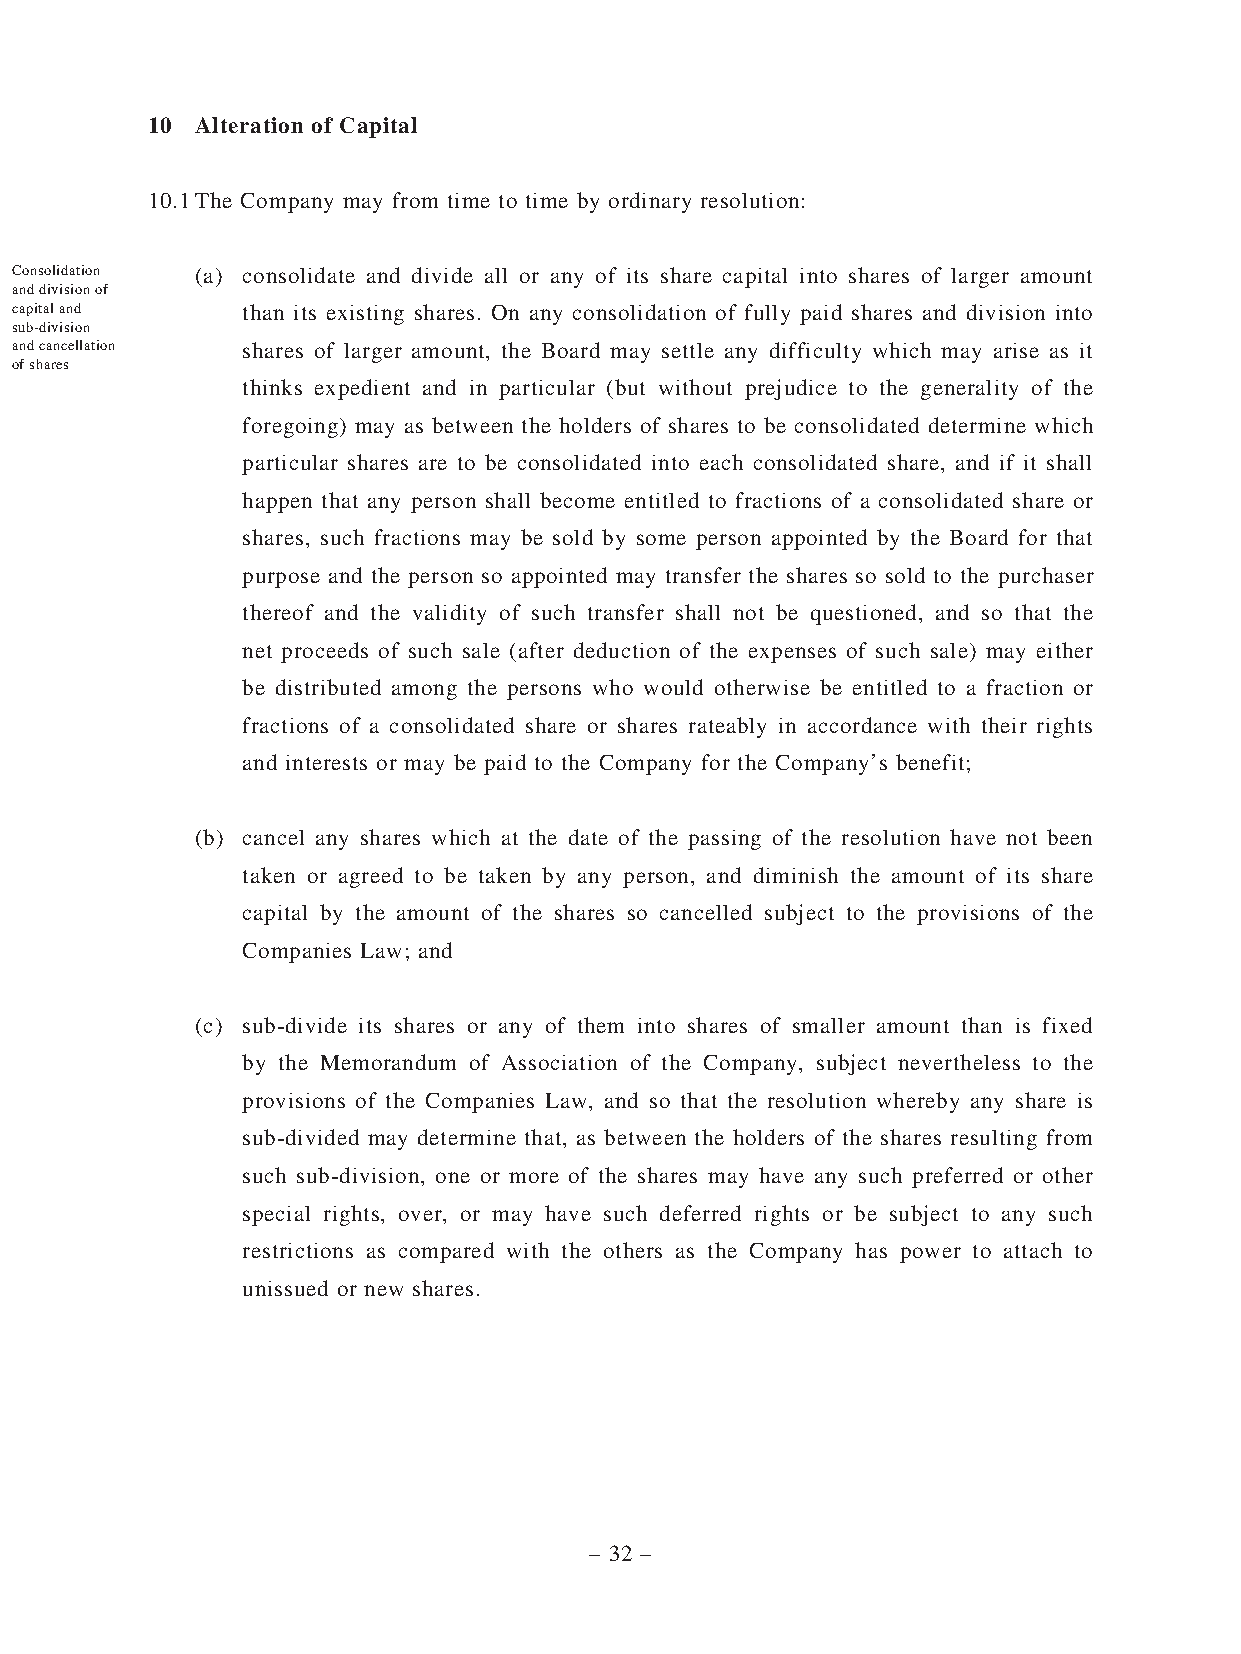
10 Alteration of Capital
 10.1 The Company may from time to time by ordinary resolution:
 Consolidation (a) consolidate and divide all or any of its share capital into shares of larger amount
 and division of
 capital and    than its existing shares. On any consolidation of fully paid shares and division into
 sub-division
 and cancellation shares of larger amount, the Board may settle any difficulty which may arise as it
 of shares
 thinks expedient and in particular (but without prejudice to the generality of the
 foregoing) may as between the holders of shares to be consolidated determine which
 particular shares are to be consolidated into each consolidated share, and if it shall
 happen that any person shall become entitled to fractions of a consolidated share or
 shares, such fractions may be sold by some person appointed by the Board for that
 purpose and the person so appointed may transfer the shares so sold to the purchaser
 thereof and the validity of such transfer shall not be questioned, and so that the
 net proceeds of such sale (after deduction of the expenses of such sale) may either
 be distributed among the persons who would otherwise be entitled to a fraction or
 fractions of a consolidated share or shares rateably in accordance with their rights
 and interests or may be paid to the Company for the Company’s benefit;
 (b) cancel any shares which at the date of the passing of the resolution have not been
 taken or agreed to be taken by any person, and diminish the amount of its share
 capital by the amount of the shares so cancelled subject to the provisions of the
 Companies Law; and
 (c) sub-divide its shares or any of them into shares of smaller amount than is fixed
 by the Memorandum of Association of the Company, subject nevertheless to the
 provisions of the Companies Law, and so that the resolution whereby any share is
 sub-divided may determine that, as between the holders of the shares resulting from
 such sub-division, one or more of the shares may have any such preferred or other
 special rights, over, or may have such deferred rights or be subject to any such
 restrictions as compared with the others as the Company has power to attach to
 unissued or new shares.
 – 32 –